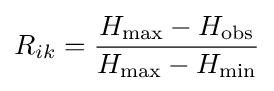
R_{ik}={\frac {H_{\max }-H_{\mathrm {obs} }}{H_{\max }-H_{\min }}}